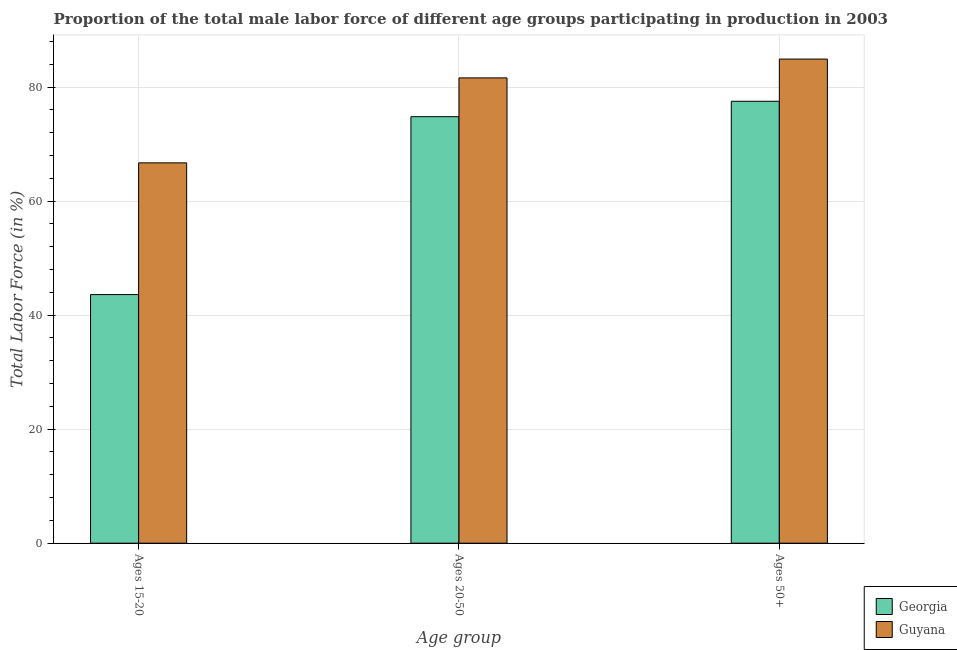
| Age group | Georgia | Guyana |
 | --- | --- | --- |
 | Ages 15-20 | 43.6 | 66.7 |
 | Ages 20-50 | 74.8 | 81.6 |
 | Ages 50+ | 77.5 | 84.9 |